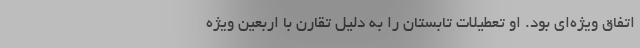
اتفاق ویژه‌ای بود. او تعطیلات تابستان را به دلیل تقارن با اربعین ویژه